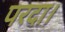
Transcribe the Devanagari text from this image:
परदा।